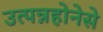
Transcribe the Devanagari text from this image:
उत्पन्नहोनेसे